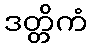
ဒတ္တိကံ